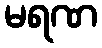
မရဏ